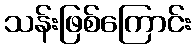
သန်းဖြစ်ကြောင်း